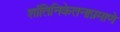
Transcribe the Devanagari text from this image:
शांतिनिकेतनाप्रमाणे